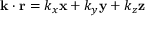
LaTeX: \mathbf { k } \cdot \mathbf { r } = k _ { x } \mathbf { x } + k _ { y } \mathbf { y } + k _ { z } \mathbf { z }